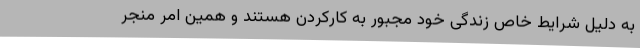
به دلیل شرایط خاص زندگی خود مجبور به کارکردن هستند و همین امر منجر